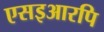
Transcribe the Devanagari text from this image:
एसइआरपि